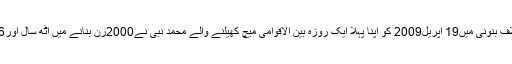
اسکاٹ لینڈ کے خلاف بنونی میں19 اپریل2009 کو اپنا پہلا ایک روزہ بین الاقوامی میچ کھیلنے والے محمد نبی نے2000رن بنانے میں آٹھ سال اور306 دن کا وقت لیا۔